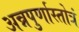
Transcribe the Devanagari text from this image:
अन्नपुर्णास्तोत्रं